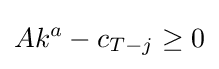
Ak^{a}-c_{T-j}\geq 0